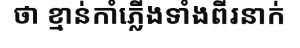
ថា ខ្មាន់កាំភ្លើងទាំងពីរនាក់